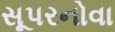
સૂપરનોવા